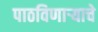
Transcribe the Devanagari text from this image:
पाठविणाऱ्याचे